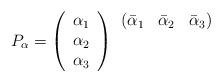
LaTeX: \begin{align*}P_\alpha = \left( \begin{array}{c} \alpha_1 \\\alpha_2 \\\alpha_3 \end{array}\right)\begin{array}{ccc} (\bar\alpha_1 & \bar\alpha_2 & \bar\alpha_3) \\ & & \\ & & \end{array} \end{align*}